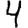
Digit: 4